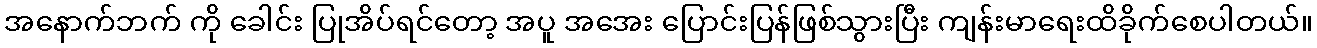
အနောက်ဘက် ကို ခေါင်း ပြုအိပ်ရင်တော့ အပူ အအေး ပြောင်းပြန်ဖြစ်သွားပြီး ကျန်းမာရေးထိခိုက်စေပါတယ်။